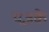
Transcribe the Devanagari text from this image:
यज्ञके